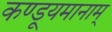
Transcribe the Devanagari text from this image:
कण्डूयमानाम्